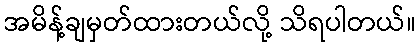
အမိန့်ချမှတ်ထားတယ်လို့ သိရပါတယ်။